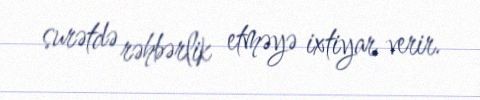
surətdə rəhbərlik etməyə ixtiyar verir.